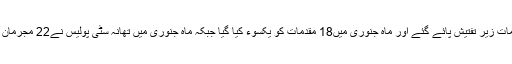
تھانہ سٹی کے 174 مقدمات زیر تفتیش پائے گئے اور ماہ جنوری میں18 مقدمات کو یکسوء کیا گیا جبکہ ماہ جنوری میں تھانہ سٹی پولیس نے22 مجرمان اشتہاریوں کو گرفتار کیا۔